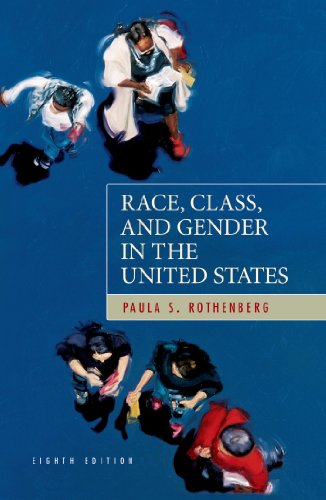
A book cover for Race, Class, and Gender in the United States: An Integrated Study, Eighth edition; Paula S. Rothenberg; Politics & Social Sciences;